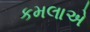
કમલાએ